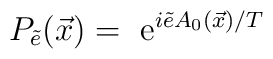
P_{\tilde e}(\vec x)={\rm ~e}^{i\tilde eA_0(\vec x)/T}